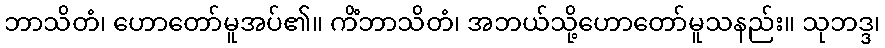
ဘာသိတံ၊ ဟောတော်မူအပ်၏။ ကိံဘာသိတံ၊ အဘယ်သို့ဟောတော်မူသနည်း။ သုဘဒ္ဒ၊